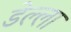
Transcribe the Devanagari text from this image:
डेल्ला